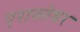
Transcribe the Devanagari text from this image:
एरावतेश्वर